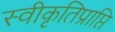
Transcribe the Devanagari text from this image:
स्वीकृतिप्राप्ति